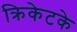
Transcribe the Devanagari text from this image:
क्रिकेटके